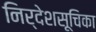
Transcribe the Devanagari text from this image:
निर्देशसूचिका